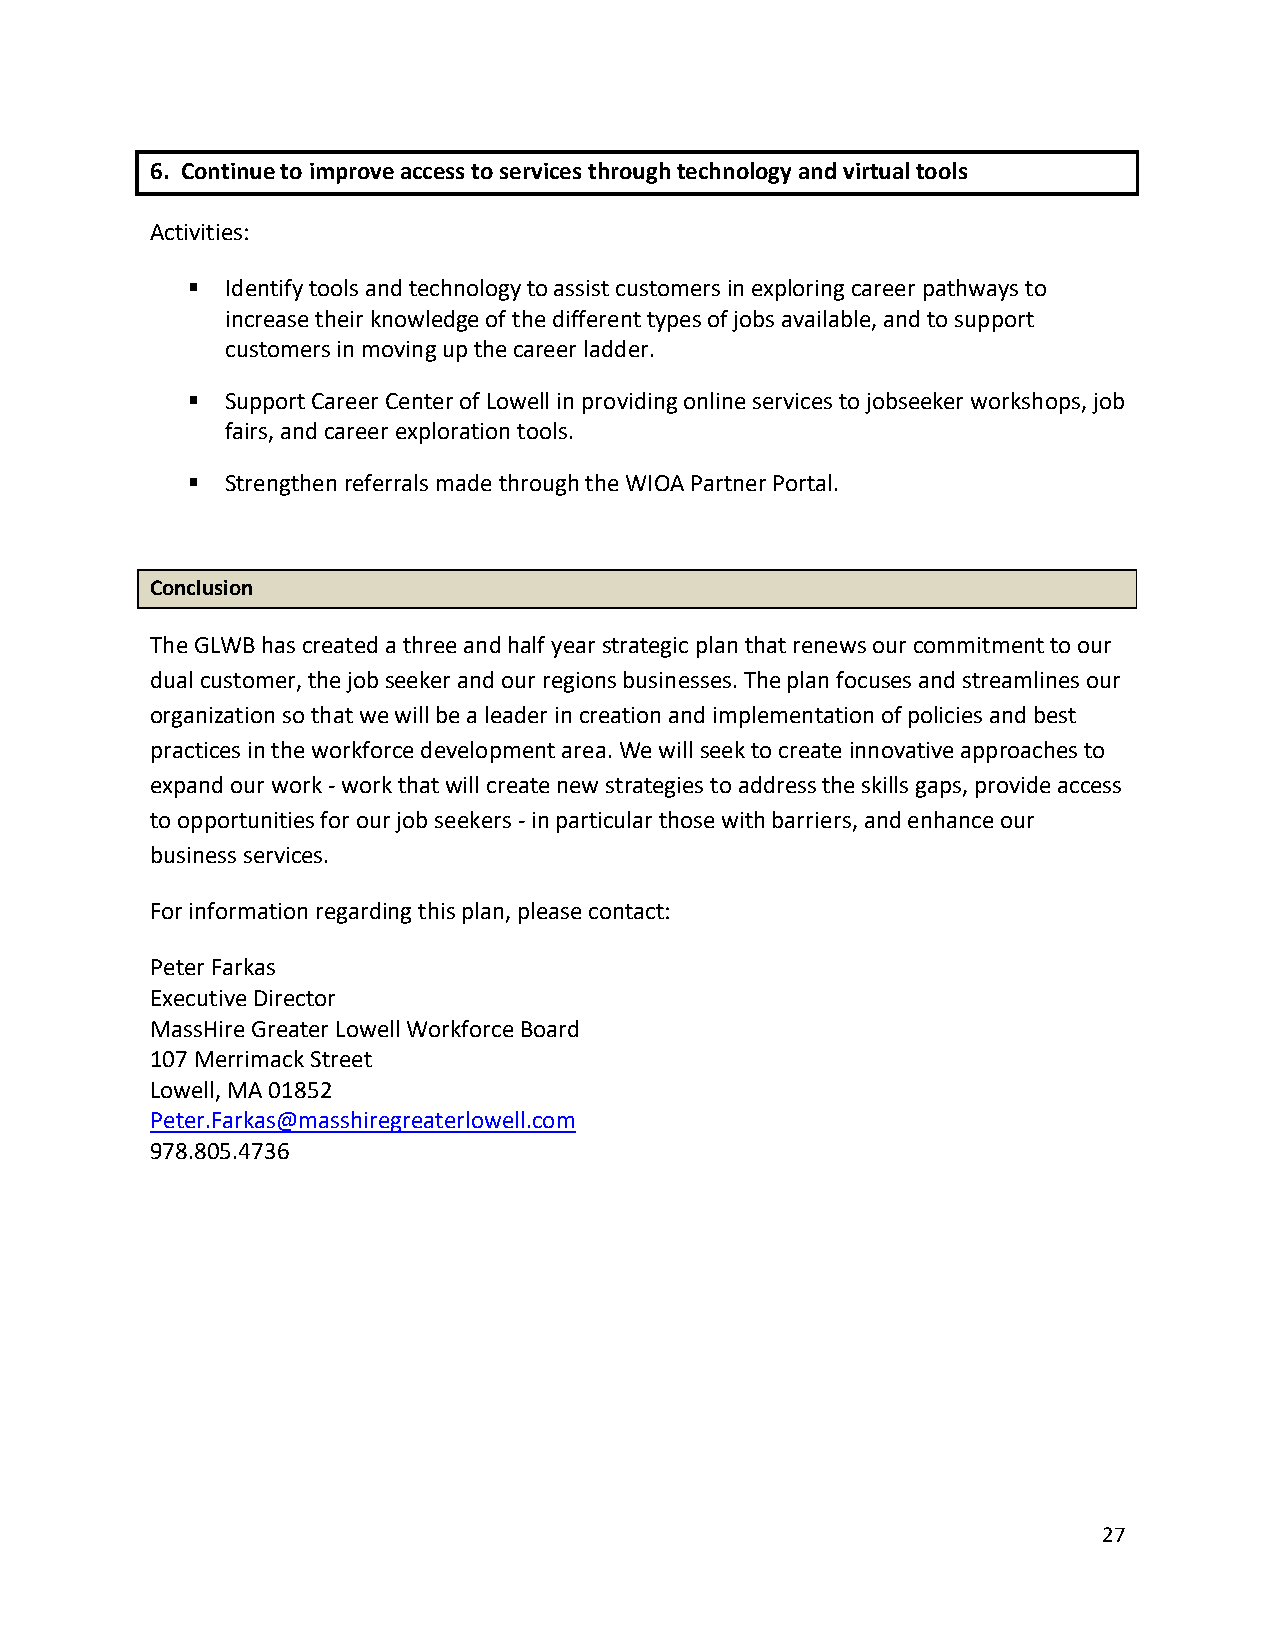
6. Continue to improve access to services through technology and virtual tools
 Activities:
 ▪  Identify tools and technology to assist customers in exploring career pathways to
 increase their knowledge of the different types of jobs available, and to support
 customers in moving up the career ladder.
 ▪  Support Career Center of Lowell in providing online services to jobseeker workshops, job
 fairs, and career exploration tools.
 ▪  Strengthen referrals made through the WIOA Partner Portal.
 Conclusion
 The GLWB has created a three and half year strategic plan that renews our commitment to our
 dual customer, the job seeker and our regions businesses. The plan focuses and streamlines our
 organization so that we will be a leader in creation and implementation of policies and best
 practices in the workforce development area. We will seek to create innovative approaches to
 expand our work - work that will create new strategies to address the skills gaps, provide access
 to opportunities for our job seekers - in particular those with barriers, and enhance our
 business services.
 For information regarding this plan, please contact:
 Peter Farkas
 Executive Director
 MassHire Greater Lowell Workforce Board
 107 Merrimack Street
 Lowell, MA 01852
 Peter.Farkas@masshiregreaterlowell.com
 978.805.4736
 27